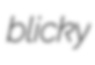
blicky